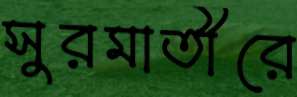
সুরমাতীরে